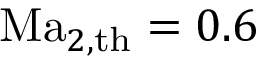
\mathrm { M a } _ { 2 , \mathrm { t h } } = 0 . 6